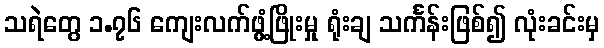
သရဲတွေ ၁.၇၆ ကျေးလက်ဖွံ့ဖြိုးမှု ရုံးချ သင်္ကန်းဖြစ်၍ လုံးခင်းမှ